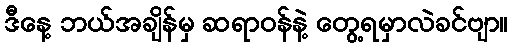
ဒီနေ့ ဘယ်အချိန်မှ ဆရာဝန်နဲ့ တွေ့ရမှာလဲခင်ဗျာ။